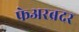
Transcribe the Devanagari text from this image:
फेअरब्रदर